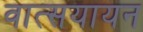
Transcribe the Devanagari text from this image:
वात्सयायन